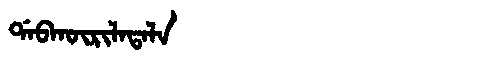
Manchu: ᡩᠠᠪᡴᡡᡵᡳᠯᠠᡨᠠᠯᠠ
Romanization: DABKŪRILATALA